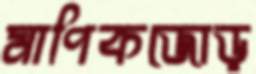
মাণিকজোড়